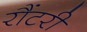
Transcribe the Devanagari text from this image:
रौंटरी